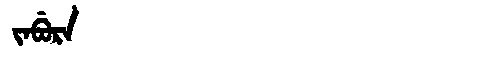
Manchu: ᠵᠠᠪᡠᡵᠠ
Romanization: JABURA